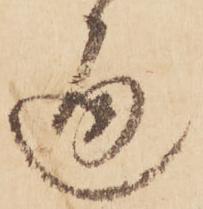
通